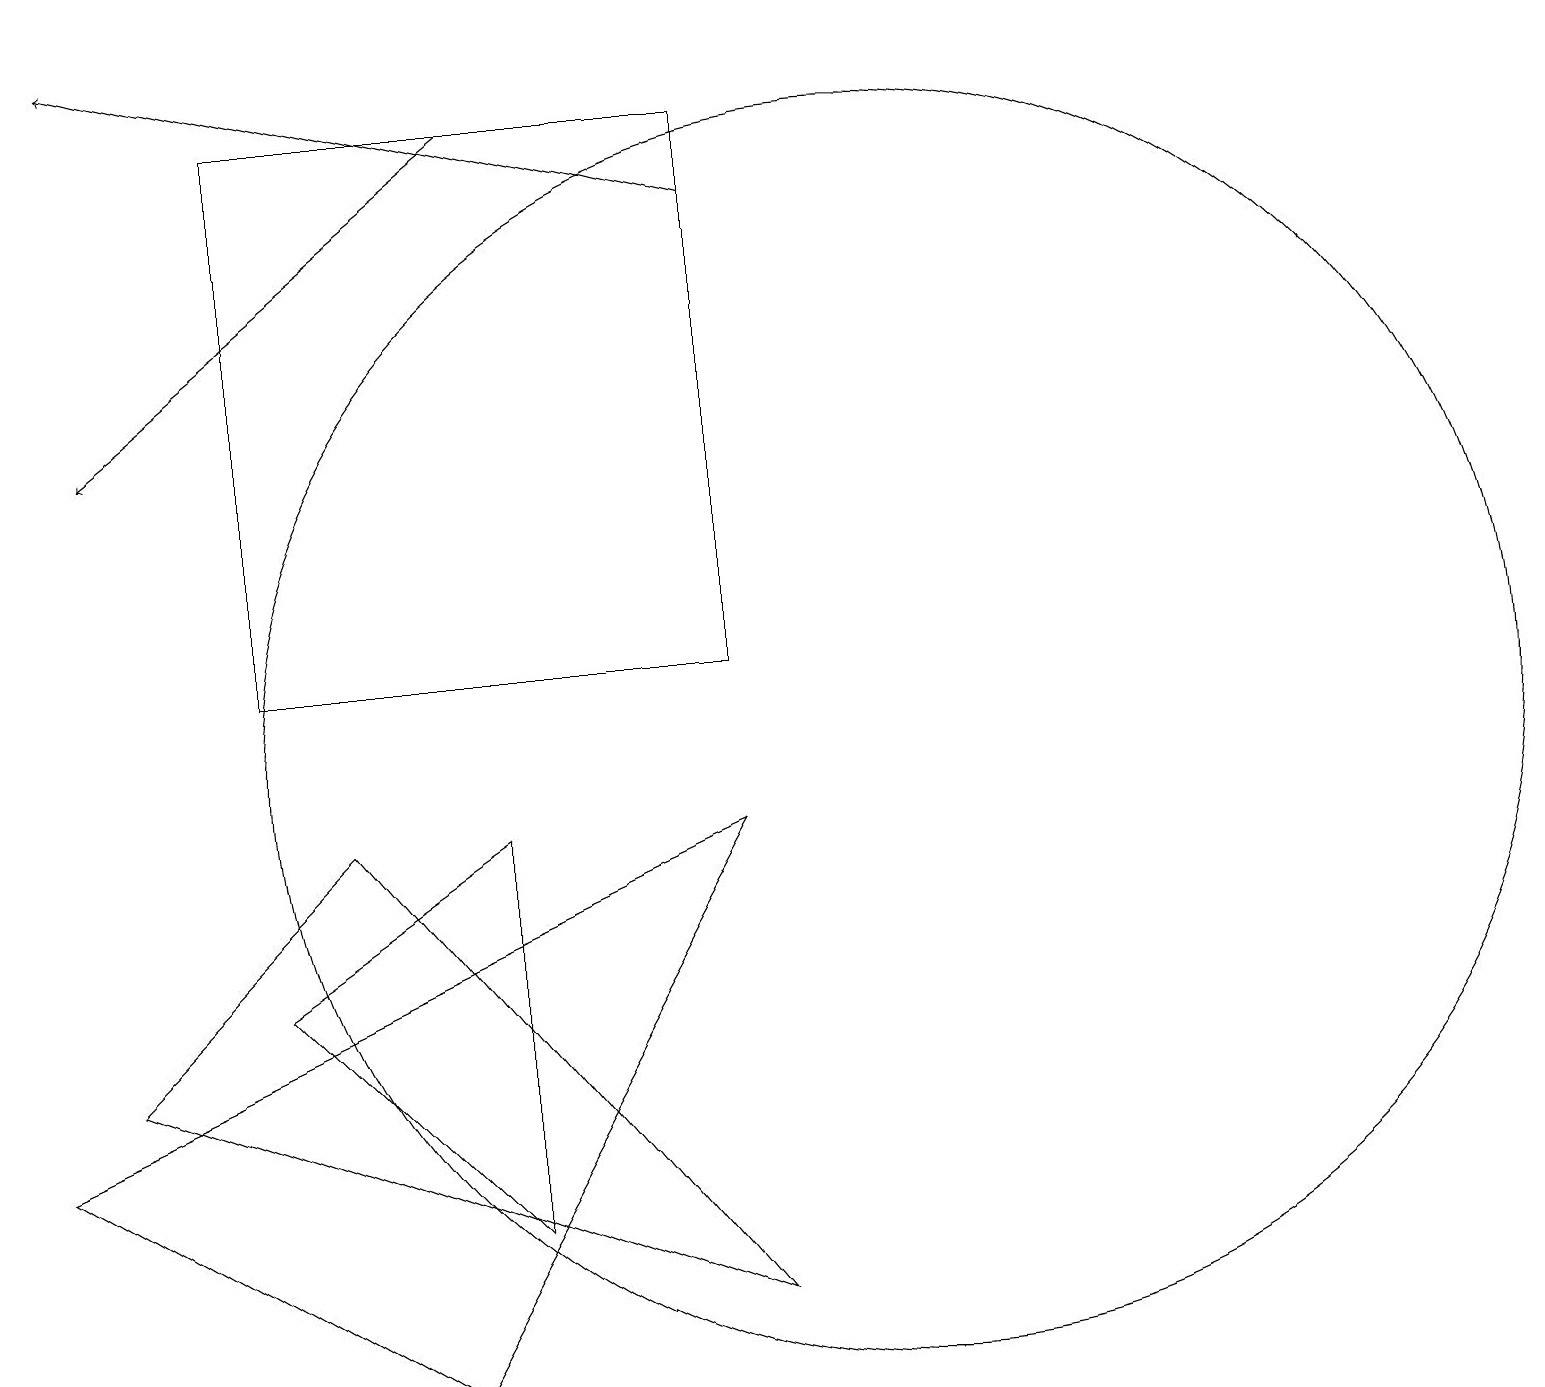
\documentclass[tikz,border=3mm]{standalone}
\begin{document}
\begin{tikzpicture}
\draw (11,10) circle (8);
\draw[->] (9,17) -- (1,19);
\draw (3,18) rectangle (9,11);
\draw (1,6) -- (4,9) -- (9,3) -- cycle;
\draw (6,4) -- (3,7) -- (6,9) -- cycle;
\draw (9,9) -- (0,5) -- (5,2) -- cycle;
\draw[->] (6,18) -- (1,14);
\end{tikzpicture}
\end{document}